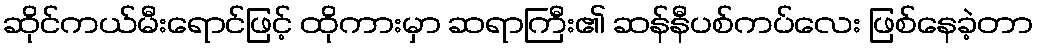
ဆိုင်ကယ်မီးရောင်ဖြင့် ထိုကားမှာ ဆရာကြီး၏ ဆန်နီပစ်ကပ်လေး ဖြစ်နေခဲ့တာ